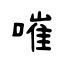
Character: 嗺